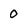
Character: 0